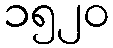
၁၅၂၀